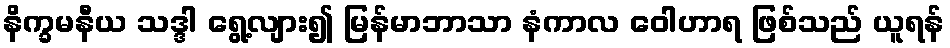
နိက္ခမနီယ သဒ္ဒါ ရွေ့လျား၍ မြန်မာဘာသာ နံကာလ ဝေါဟာရ ဖြစ်သည် ယူရန်